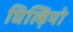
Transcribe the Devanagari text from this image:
घिल्ड़ियो